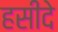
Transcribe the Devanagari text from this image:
हसीदे